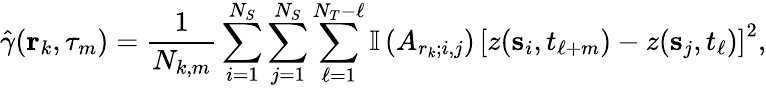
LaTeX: \hat{\gamma}({\mathbf r}_{k},\tau_{m})=\frac{1}{N_{k,m}}\sum_{i=1}^{N_{S}}\sum_{j=1}^{N_{S}}\sum_{\ell=1}^{N_{T}-\ell}\mathbb{I}\left(A_{r_{k};i,j}\right)\, \left[z({\mathbf s}_{i},t_{\ell+m})-z({\mathbf s}_{j},t_{\ell})\right]^{2},